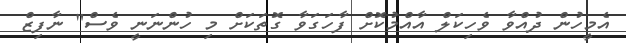
އެމީހުން ދުއްވާ ވެހިކަލް އާއްމުކޮށް ފާހަގަވާ ގޮތަކަށް މި ހުންނަނީ ވެސް" ނާފިޒް